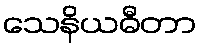
သေနိယဓီတာ